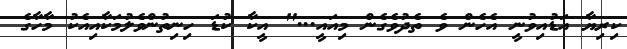
ކިރިޔާ އަޑުއިވުނީ އެހެން ވެ ތެދުވެގެން މިއައީ..." އީކާ ކުޑަ ހިނިތުންވެލުމަކާއިއެކު މާހާގެ